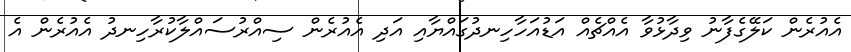
އެއުރެން ކަލޭގެފާނު ވިދާޅުވާ އެއްޗެއް އަޑުއަހާހިނދުގައްޔާއި އަދި އެއުރެން ސިއްރުސައްލާކުރާހިނދު އެއުރެން އެ